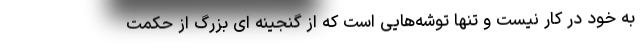
به خود در کار نیست و تنها توشه‌هایی است که از گنجینه ای بزرگ از حکمت